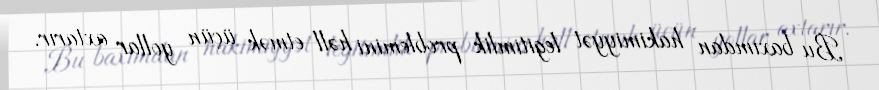
Bu baxımdan hakimiyyət legitimlik problemini həll etmək üçün yollar axtarır.